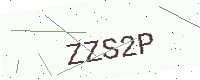
Text: ZZS2P